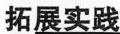
拓展实践